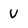
Character: v